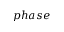
p h a s e